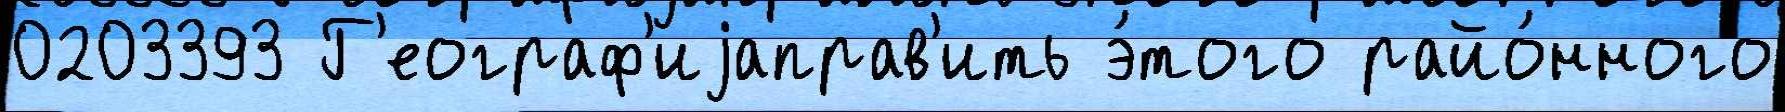
0203393 Г'еограф'иjаправ'ить э́того райо́нного